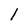
Character: 1